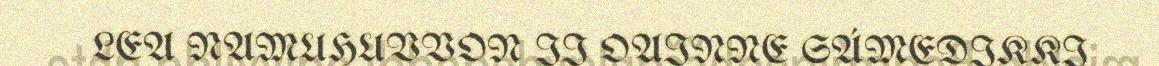
LEA NAMUHUVVON II OAINNE SÁMEDIKKI